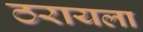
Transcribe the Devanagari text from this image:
ठरायला